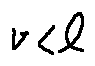
v < l